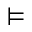
\models